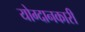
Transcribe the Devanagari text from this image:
योग्दानकारी